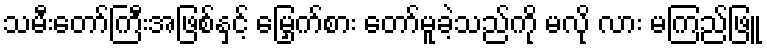
သမီးတော်ကြီးအဖြစ်နှင့် မြှေက်စား တော်မူခဲ့သည်ကို မလို လား မကြည်ဖြူ